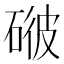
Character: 𥓳